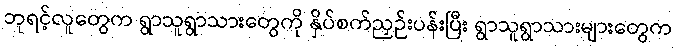
ဘုရင့်လူတွေက ရွာသူရွာသားတွေကို နှိပ်စက်ညှဉ်းပန်းပြီး ရွာသူရွာသားများတွေက